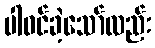
ပါဝင်ခဲ့သော်လည်း